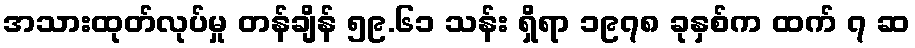
အသားထုတ်လုပ်မှု တန်ချိန် ၅၉.၆၁ သန်း ရှိရာ ၁၉၇၈ ခုနှစ်က ထက် ၇ ဆ